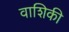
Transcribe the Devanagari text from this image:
वाशिकी